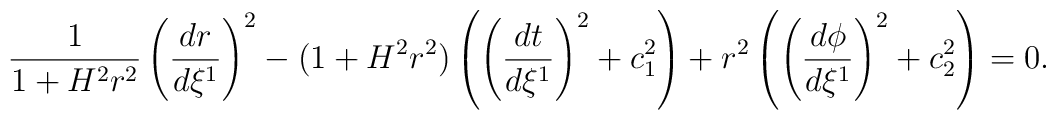
\frac{1}{1+H^2r^2}\left(\frac{dr}{d\xi^1}\right)^2-(1+H^2r^2)\left(\left(\frac{dt}{d\xi^1}\right)^2+c_1^2\right)+r^2\left(\left(\frac{d\phi}{d\xi^1}\right)^2+c_2^2\right)=0.